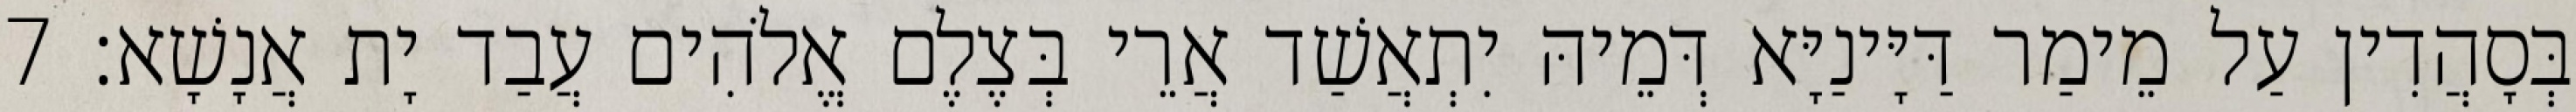
בְּסָהֲדִין עַל מֵימַר דַּיָּינַיָּא דְּמֵיהּ יִתְאֲשַׁד אֲרֵי בְּצֶלֶם אֱלֹהִים עֲבַד יָת אֲנָשָׁא׃ 7